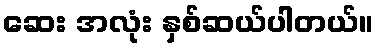
ဆေး အလုံး နှစ်ဆယ်ပါတယ်။